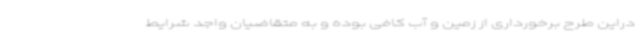
دراین طرح برخورداری از زمین و آب کافی بوده و به متقاضیان واجد شرایط